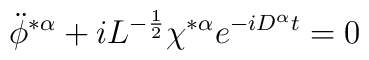
\ddot \phi^{* \alpha}+iL^{- \frac{1}{2}} \chi^{* \alpha} e^{-iD^{\alpha}t}=0